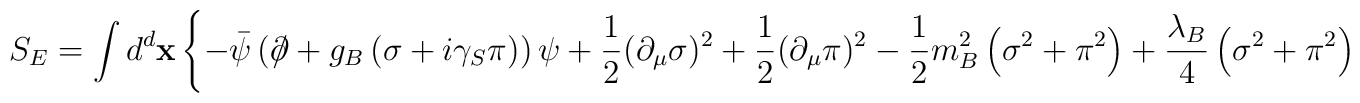
S_{E}=\int d^{d}{\bf x}\left\{-\bar{\psi}\left( \partial\!\!\!\slash+        g_{B}\left(\sigma+i\gamma_{S}\pi         \right)\right)\psi+\frac{1}{2}(\partial_{\mu}\sigma)^{2}+\frac{1}{2}(\partial_{\mu}\pi)^{2}-\frac{1}{2}m_{B}^{2} \left( {\sigma}^{2}+{\pi}^{2} \right) +\frac{\lambda_{B}}{4} \left( {\sigma}^{2}+{\pi}^{2} \right)^{2}\right\}.